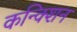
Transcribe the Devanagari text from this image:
कन्क्शिन